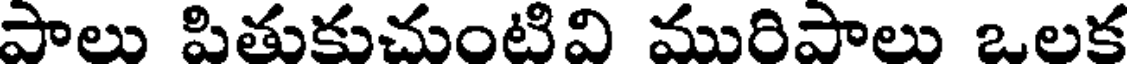
పాలు పితుకుచుంటివి మురిపాలు ఒలక